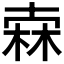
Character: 𣓼